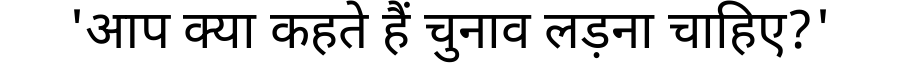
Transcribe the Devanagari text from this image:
'आप क्या कहते हैं चुनाव लड़ना चाहिए?'